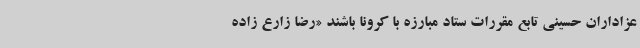
عزاداران حسینی تابع مقررات ستاد مبارزه با کرونا باشند «رضا زارع زاده